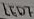
Text: LED7